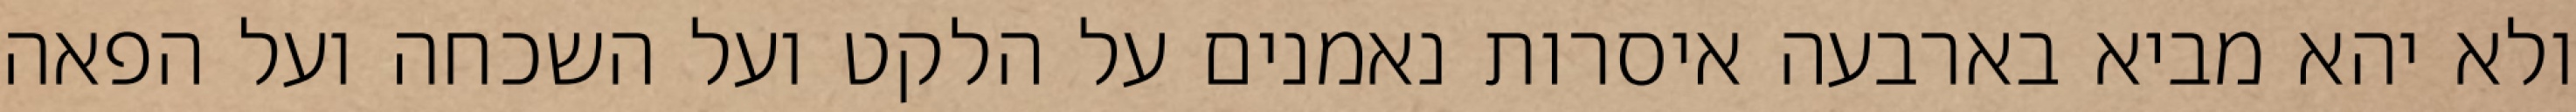
ולא יהא מביא בארבעה איסרות נאמנים על הלקט ועל השכחה ועל הפאה